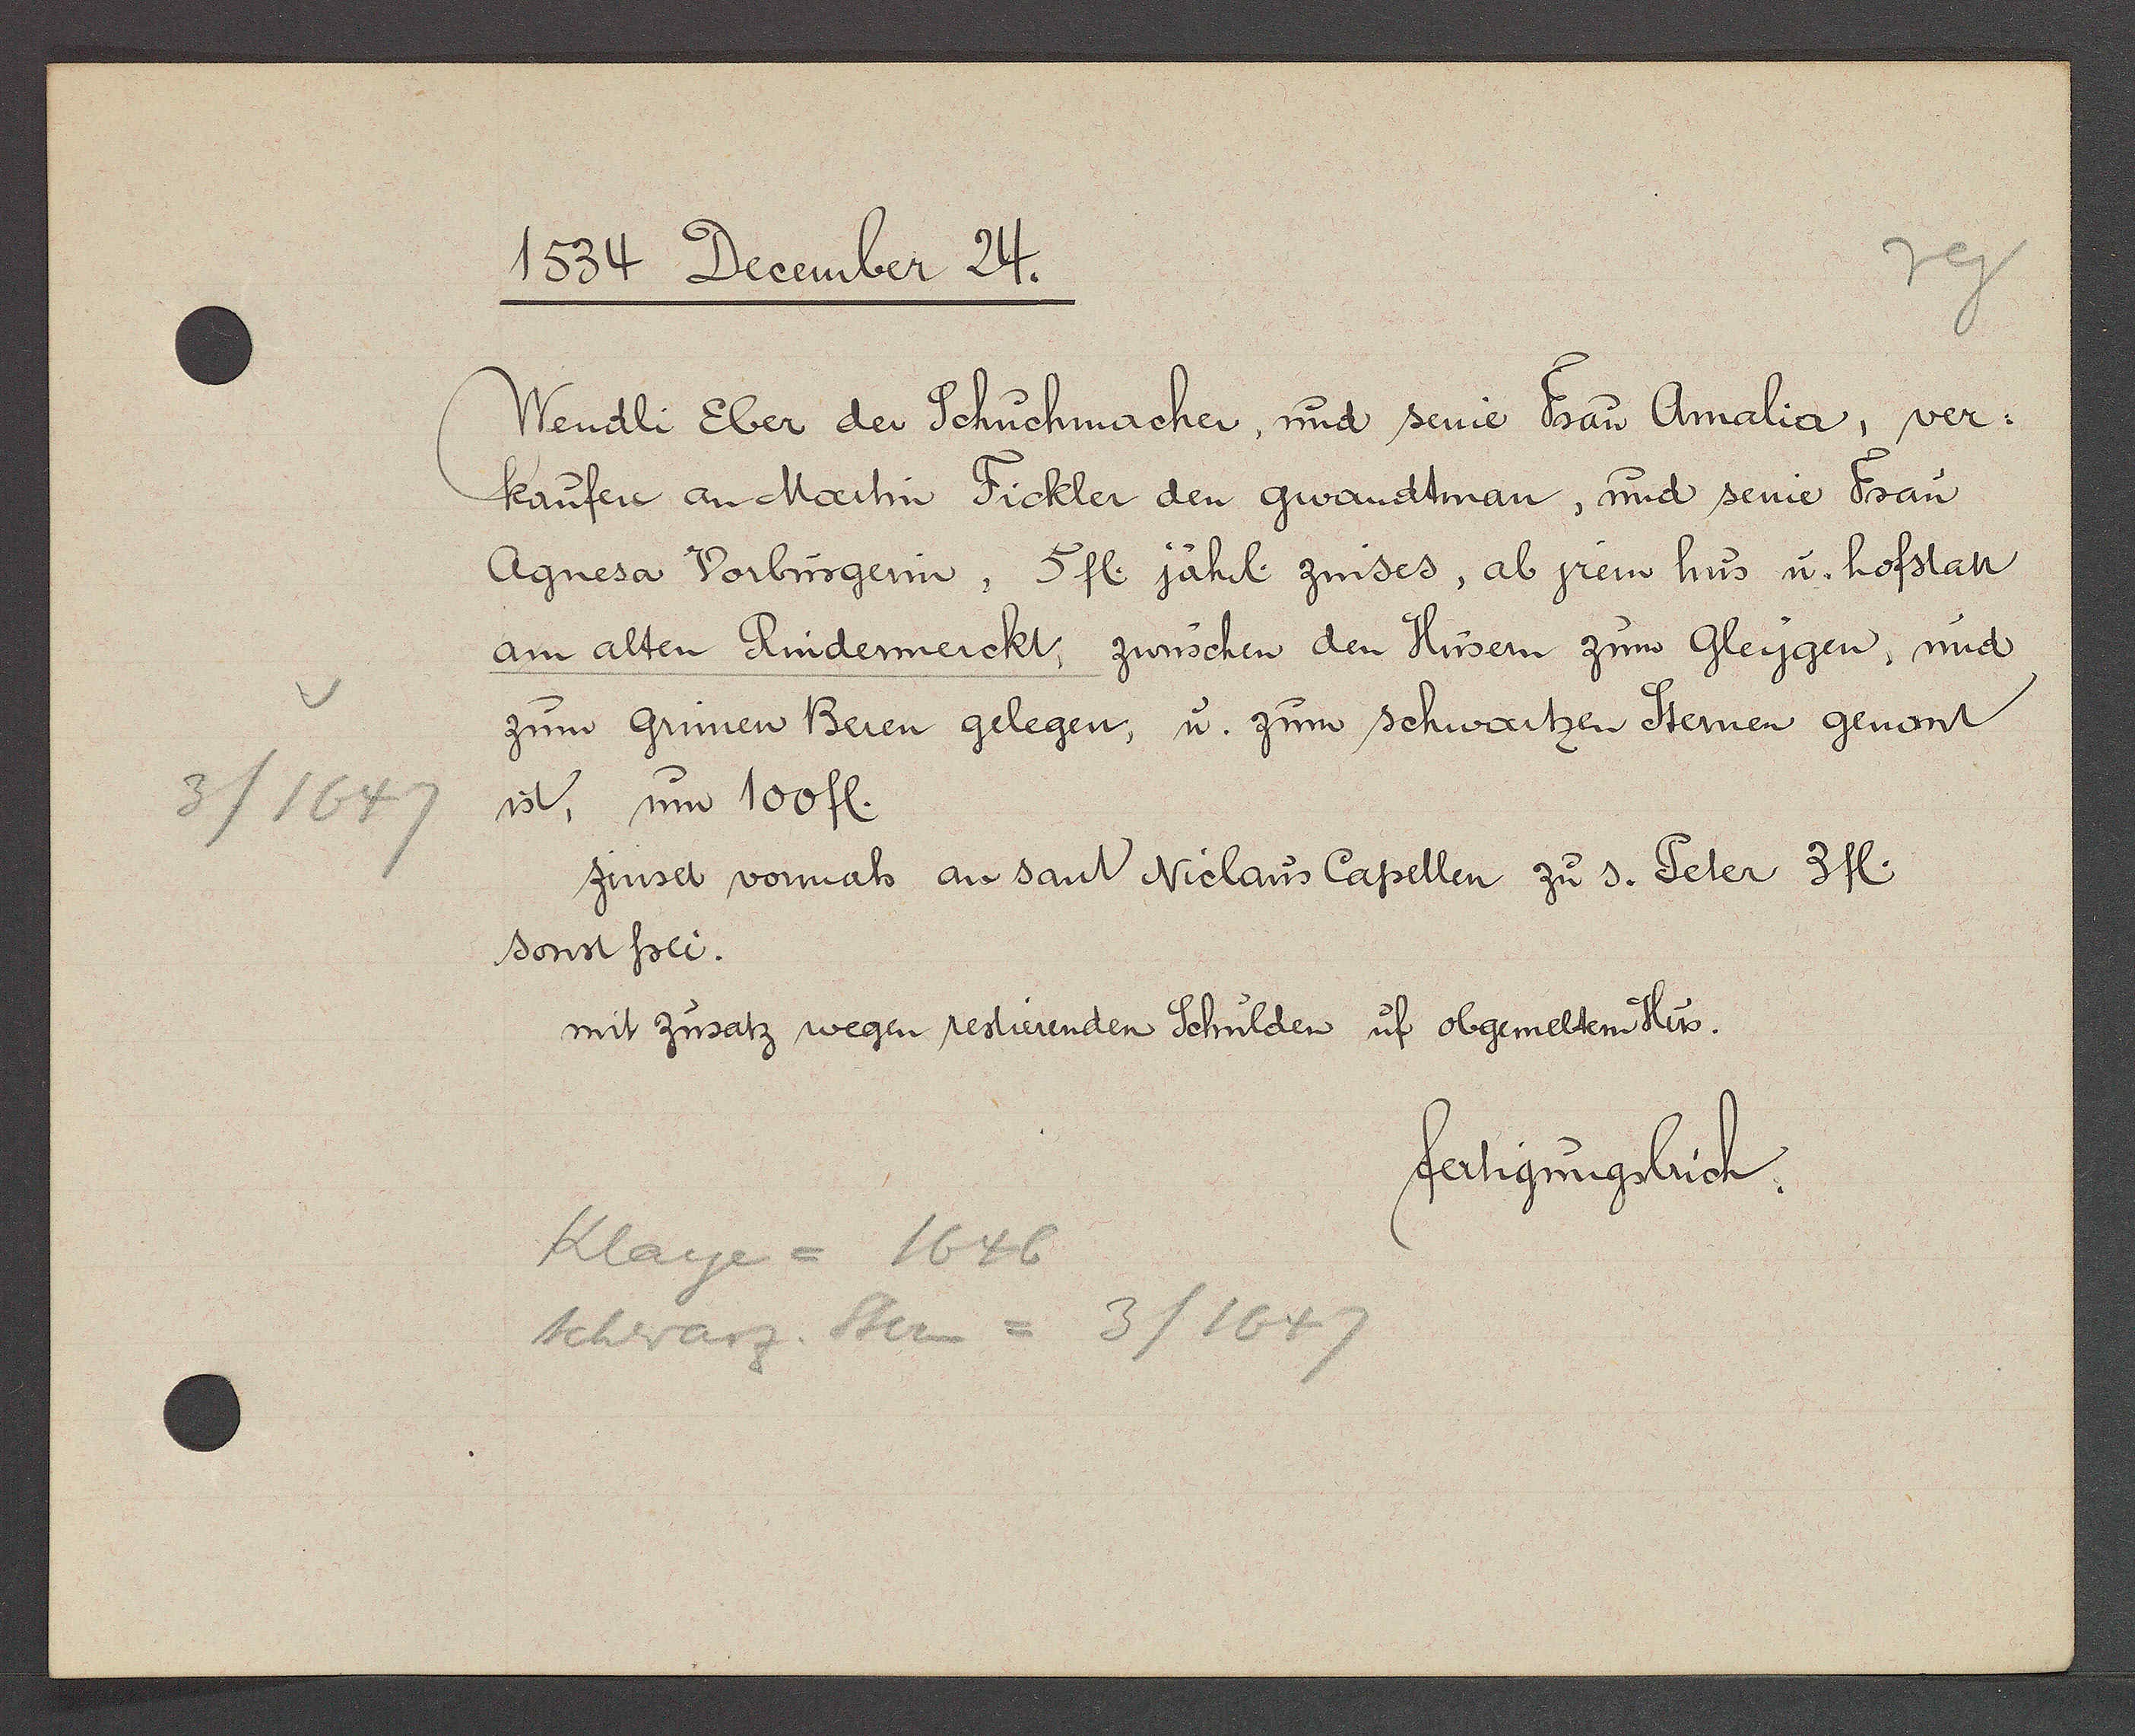
Transcript:
3/1647

1534 December 24.

Wendli Eber der Schuchmacher, und seine Frau Amalia, ver¬
kaufen an Martin Fickler den gwandtman, und seine Frau
Agnesa Vorbürgerin, 5 fl. jährl. zinses, ab jrem hus u. hofstatt
am alten Rindermerckt, zwüschen den Hüsern zum Gleygen, und
zum Grünen Beren gelegen, u. zum schwartzen Steinen genant
ist, um 100 fl.
zinset vormals an sant Niclaus Capellen zu s. Peter 3fl.
sonst frei.
mit Zusatz wegen restierenden Schulden uf obgemeltem Hus.

Klage = 1646
Schwarz. Stern = 3/1647

fertigungsbuch.